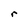
Character: r